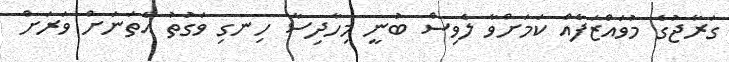
ގަރާޖުގެ މުވައްޒަފެއް ކަމަށްވާ ލެވިސް ބުނީ މިހާދިސާ ހިނގި ވަގުތު އެތަނަށް ވަރަށް